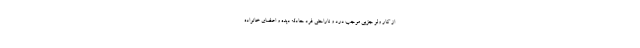
از کار ولو جزیی موجب درد و ناراحتی فرد حادثه دیده و اعضای خانواده